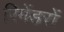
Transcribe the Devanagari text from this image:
रिमेंडरों